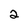
Character: 2